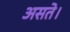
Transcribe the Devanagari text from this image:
असते।